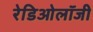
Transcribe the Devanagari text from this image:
रेडिओलॉजी